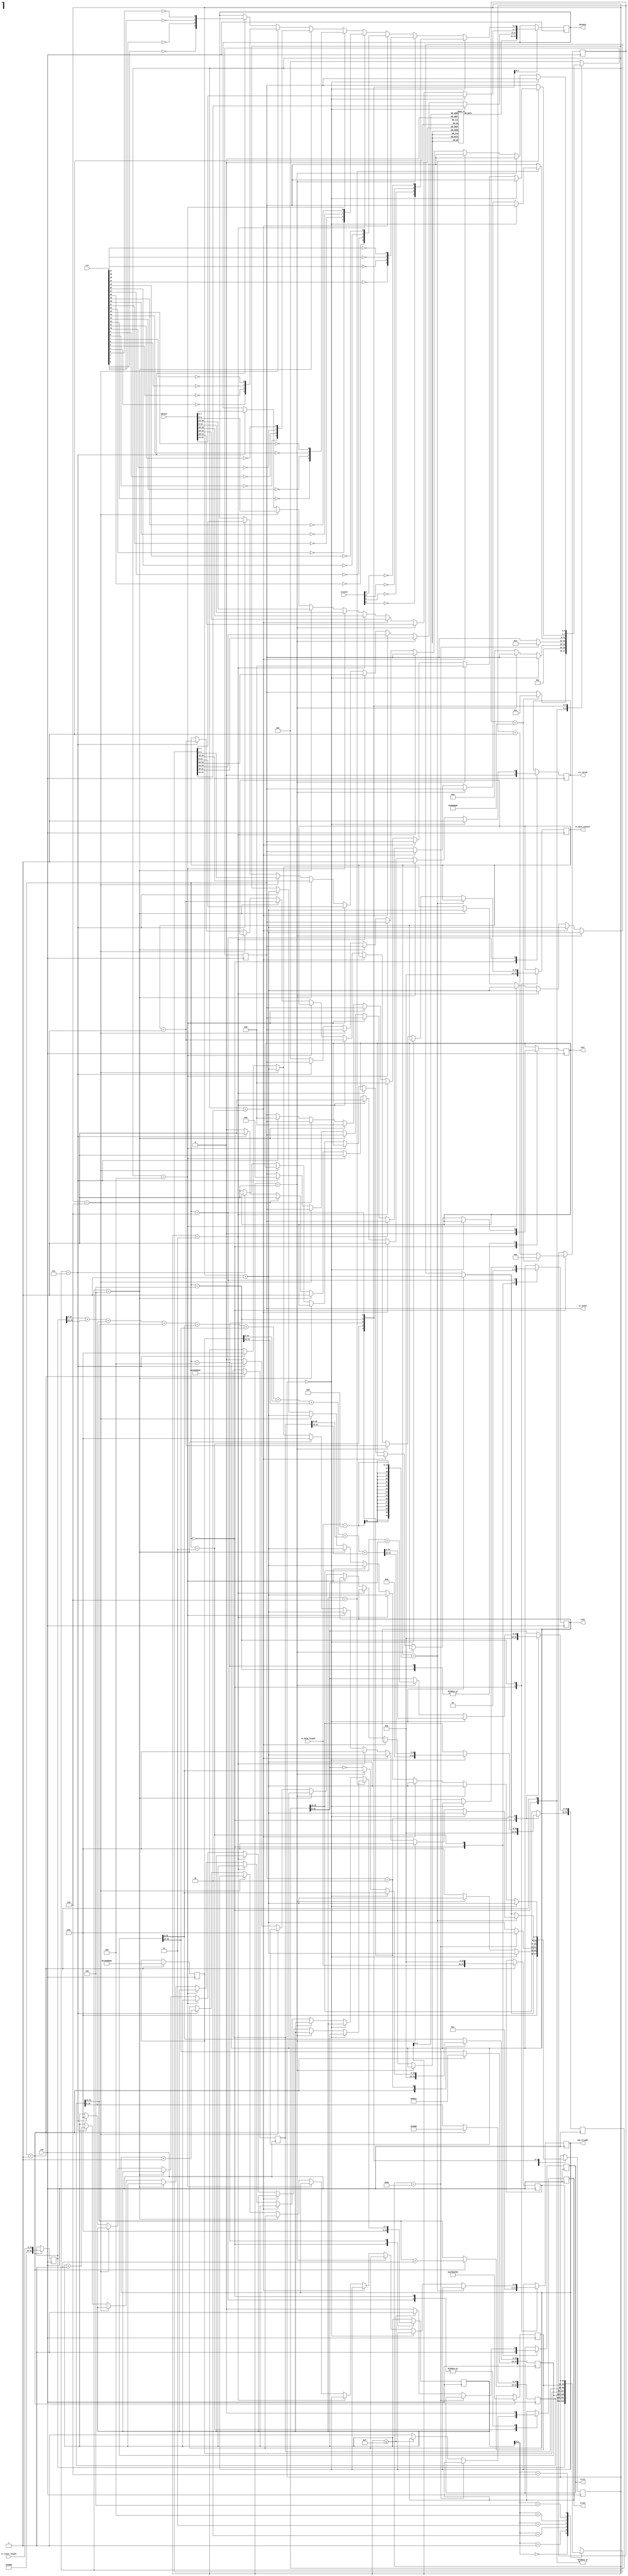
`timescale 1ns / 1ps
module m_ipsend(
				  input              clk,
				  output reg         txen,
				  output reg         txer,
				  output reg [3:0]   dataout,

				  input      [31:0]  crc,	
				  input      [31:28] crcnext,				  
				  input      [31:0]  datain,
				  output reg         crcen,
				  output reg         crcre,
				  output reg         crc_valid,
				  output reg [3:0]   tx_state,
				  input      [15:0]  tx_total_length,	 				  
				  input      [15:0]  tx_data_length, 
				  output reg [8:0]   ram_rd_addr,
				  
				  output reg  [15:0]  tx_data_counter


  );
	 

reg [31:0] ip_header [6:0];                       //1K
reg [3:0] preamble [43:0];
	 
reg [31:0] check_buffer;
reg [31:0] time_counter;

reg [7:0] i,j;

parameter idle=3'b000,start=3'b001,make=3'b010,sendmac=3'b011,sendheader=3'b100,senddata=3'b101,sendcrc=3'b110;
	 
initial
  begin
	 preamble[0]<=4'h5;               //755,d5
	 preamble[1]<=4'h5;
	 preamble[2]<=4'h5;
	 preamble[3]<=4'h5;
	 preamble[4]<=4'h5;
	 preamble[5]<=4'h5;
	 preamble[6]<=4'h5;
	 preamble[7]<=4'h5;
	 preamble[8]<=4'h5;
	 preamble[9]<=4'h5;
	 preamble[10]<=4'h5;
	 preamble[11]<=4'h5;
	 preamble[12]<=4'h5;
	 preamble[13]<=4'h5;
	 preamble[14]<=4'h5;
	 preamble[15]<=4'hd;
	 preamble[16]<=4'hf;               //MAC ff-ff-ff-ff-ff-ff 
    preamble[17]<=4'hf;
    preamble[18]<=4'hf;
    preamble[19]<=4'hf;
    preamble[20]<=4'hf;
    preamble[21]<=4'hf;
    preamble[22]<=4'hf;
    preamble[23]<=4'hf;
    preamble[24]<=4'hf;
    preamble[25]<=4'hf;
    preamble[26]<=4'hf;
    preamble[27]<=4'hf;
	 preamble[28]<=4'h0;               //MAC000a3501fec0
	 preamble[29]<=4'h0;
	 preamble[30]<=4'ha;
	 preamble[31]<=4'h0;
	 preamble[32]<=4'h5;
	 preamble[33]<=4'h3;
	 preamble[34]<=4'h1;
	 preamble[35]<=4'h0;
	 preamble[36]<=4'he;
	 preamble[37]<=4'hf;
	 preamble[38]<=4'h0;
	 preamble[39]<=4'hc;
	 preamble[40]<=4'h8;               //033c,0800ip
	 preamble[41]<=4'h0;
	 preamble[42]<=4'h0;
	 preamble[43]<=4'h0;
 end
	 
always@(posedge clk)
begin
		case(tx_state)
		  idle:begin
			    crc_valid<=0;
			    check_buffer<=0;
			    i<=0;
				 j<=0;
				 txer<=0;
				 txen<=0;
				 crcen<=0;
				 crcre<=1;				 
				 ram_rd_addr<=1;
				 tx_data_counter<=0;
             if (time_counter==32'h02000000) begin          //
				     tx_state<=start;  
                 time_counter<=0;
             end
             else
                 time_counter<=time_counter+1'b1;	
		  end
		  start:begin
					ip_header[0]<={16'h4500,tx_total_length};              //4 20IP
				   ip_header[1][31:16]<=ip_header[1][31:16]+1;            //
					ip_header[1][15:0]<=16'h4000;                          //Fragment offset
				   ip_header[2]<=32'h80110000;                            //ip_header[2][15:0] 17(UDP)
				   ip_header[3]<=32'hc0a80002;                            //192.168.0.2
				   ip_header[4]<=32'hc0a80003;                            //192.168.0.3
					ip_header[5]<=32'h1f901f90;                            //228080
				   ip_header[6]<={tx_data_length,16'h0000};               //2(24byte)2
				   i<=0;
					tx_state<=make;
              end	
         make:begin                               //
			    if(i==0) begin
					  check_buffer<=ip_header[0][15:0]+ip_header[0][31:16]+ip_header[1][15:0]+ip_header[1][31:16]+ip_header[2][15:0]+
					                ip_header[2][31:16]+ip_header[3][15:0]+ip_header[3][31:16]+ip_header[4][15:0]+ip_header[4][31:16];
                 i<=i+1;
				 end
             else if(i==1) begin
					   check_buffer[15:0]<=check_buffer[31:16]+check_buffer[15:0];
					   i<=i+1;
				 end
			    else	begin
				      ip_header[2][15:0]<=~check_buffer[15:0];
				 	   i<=0;
					   tx_state<=sendmac;
					end
				end
			sendmac: begin                     //Premble,Mac address
			    txen<=1;
			    if(i==43) begin
                dataout[3:0]<=preamble[i][3:0];
				    tx_state<=sendheader;
					 i<=0;
				 end
				 else if(i<=15)  begin
				    crcre<=1;                         //reset crc 
				    dataout[3:0]<=preamble[i][3:0];
				    i<=i+1;
				 end
				 else begin
				    crcen<=1;                        //crc	
				    crcre<=0;
				    dataout[3:0]<=preamble[i][3:0];
				    i<=i+1;
				   end
			end
			sendheader:begin                                 //732bitIP 
			     if(j==6) begin
                   if(i==0) begin
					        dataout[3:0]<=ip_header[j][27:24];
					        i<=i+1;
					    end
					    else if(i==1) begin
					        dataout[3:0]<=ip_header[j][31:28];
					        i<=i+1;
					    end
					    else if(i==2) begin
					        dataout[3:0]<=ip_header[j][19:16];
  				           i<=i+1;
					 	 end
					    else if(i==3) begin
					        dataout[3:0]<=ip_header[j][23:20];
					        i<=i+1;
					    end
						 else if(i==4) begin
					        dataout[3:0]<=ip_header[j][11:8];
					        i<=i+1;
					    end
						 else if(i==5) begin
					        dataout[3:0]<=ip_header[j][15:12];
					        i<=i+1;
					    end
						 else if(i==6) begin
					        dataout[3:0]<=ip_header[j][3:0];
					        i<=i+1;					
					    end
						 else if(i==7) begin
					        dataout[3:0]<=ip_header[j][7:4];
							  tx_state<=senddata;
                       i<=0;
							  j<=0;
					    end
					    else
							txer<=1;
					end
					else begin
					    if(i==0) begin
					        dataout[3:0]<=ip_header[j][27:24];
					        i<=i+1;
					    end
					    else	if(i==1) begin
					        dataout[3:0]<=ip_header[j][31:28];
					        i<=i+1;
					    end
					    else if(i==2) begin
					        dataout[3:0]<=ip_header[j][19:16];
					        i<=i+1;
						 end
					    else if(i==3) begin
					        dataout[3:0]<=ip_header[j][23:20];
					        i<=i+1;
					    end
						 else if(i==4) begin
					        dataout[3:0]<=ip_header[j][11:8];
					        i<=i+1;
					    end
						 else if(i==5) begin
					        dataout[3:0]<=ip_header[j][15:12];
					        i<=i+1;
					    end
						 else if(i==6) begin
					        dataout[3:0]<=ip_header[j][3:0];
					        i<=i+1;
					    end
						 else if(i==7) begin
					        dataout[3:0]<=ip_header[j][7:4];
					        i<=0;
							  j<=j+1;
					    end
					    else
							txer<=1;
					end
			 end
			 senddata:begin                                //
			 		 if(tx_data_counter==tx_data_length-9) begin       //	 
                  if(i==0) begin
					         dataout[3:0]<=datain[27:24];
					         i<=i+1;
					    end
					    else if(i==1) begin
					         dataout[3:0]<=datain[31:28];
					         i<=0;
								tx_state<=sendcrc;	
					    end
					    else if(i==2) begin
					         dataout[3:0]<=datain[19:16];
					         i<=i+1;
					    end
					    else if(i==3) begin
                        dataout[3:0]<=datain[23:20];
	                     i<=0;
								tx_state<=sendcrc;
	                end
						 else if(i==4) begin
                        dataout[3:0]<=datain[11:8];
	                     i<=i+1;					
					    end
						 else if(i==5) begin
								dataout[3:0]<=datain[15:12];
	                     i<=0;
								tx_state<=sendcrc;
	   			    end
						 else if(i==6) begin
	                     dataout[3:0]<=datain[3:0];
	                     i<=i+1;                    
	  			       end
  					    else if(i==7) begin
	                    dataout[3:0]<=datain[7:4];
	                    i<=0;
							  tx_state<=sendcrc;
						 end
					    else
						    txer<=1;
				    end
			 		 else begin       //
                   if(i==0) begin
					         dataout[3:0]<=datain[27:24];
					         i<=i+1;
					    end
					    else if(i==1) begin
					         dataout[3:0]<=datain[31:28];
					         i<=i+1;
								tx_data_counter<=tx_data_counter+1'b1;	
					    end
					    else if(i==2) begin
					         dataout[3:0]<=datain[19:16];
					         i<=i+1;
					    end
					    else if(i==3) begin
                        dataout[3:0]<=datain[23:20];
					         i<=i+1;
								tx_data_counter<=tx_data_counter+1'b1;									
	                end
						 else if(i==4) begin
                        dataout[3:0]<=datain[11:8];
	                     i<=i+1;					
					    end
						 else if(i==5) begin
								dataout[3:0]<=datain[15:12];
					         i<=i+1;
								tx_data_counter<=tx_data_counter+1'b1;	
	   			    end
						 else if(i==6) begin
	                     dataout[3:0]<=datain[3:0];
	                     i<=i+1;                    
	  			       end
  					    else if(i==7) begin
	                    dataout[3:0]<=datain[7:4];
					        i<=0;
							  tx_data_counter<=tx_data_counter+1'b1;	
                       ram_rd_addr<=ram_rd_addr+1'b1;		                        //ram addresss add 1						  
						 end
					    else
						    txer<=1;
				    end
         end					 
			sendcrc:begin                           //CRC32					
					crcen<=0;
					crc_valid<=1;
					if(i==0)  begin
					     dataout[3:0] <= {~crcnext[28], ~crcnext[29], ~crcnext[30], ~crcnext[31]};
					     i<=i+1;
					end
					else if(i==1) begin
					     dataout[3:0]<={~crc[24], ~crc[25], ~crc[26], ~crc[27]};
					     i<=i+1;
					end
					else if(i==2) begin
					     dataout[3:0]<={~crc[20], ~crc[21], ~crc[22], ~crc[23]};
					     i<=i+1;
					end
					else if(i==3) begin
					     dataout[3:0]<={~crc[16], ~crc[17], ~crc[18], ~crc[19]};
					     i<=i+1;
					end
					else if(i==4) begin
					     dataout[3:0]<={~crc[12], ~crc[13], ~crc[14], ~crc[15]};
					     i<=i+1;
					end
					else if(i==5) begin
					     dataout[3:0]<={~crc[8], ~crc[9], ~crc[10], ~crc[11]};
					     i<=i+1;
					end
					else if(i==6) begin
					     dataout[3:0]<={~crc[4], ~crc[5], ~crc[6], ~crc[7]};
					     i<=i+1;
					end
					else if(i==7) begin
				        dataout[3:0]<={~crc[0], ~crc[1], ~crc[2], ~crc[3]};
					     i<=i+1;
					end
					else  begin
							txen<=0;
							tx_state<=idle;
							crc_valid<=0;
					end
			end		
			default:tx_state<=idle;		
       endcase		  
	end
	
endmodule